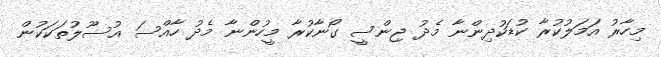
މިހާރު އަމަލުކުރާ ކުޑަކުދިންނާ މެދު ޖިންސީ ގޯނާކުރާ މީހުންނާ މެދު ހާއްސަ އުސޫލުތަކަކުން